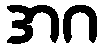
အဂ